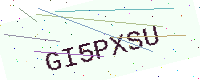
Text: GI5PXSU